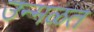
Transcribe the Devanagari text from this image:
उन्मळत